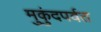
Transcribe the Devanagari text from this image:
मुकुंदपर्वत